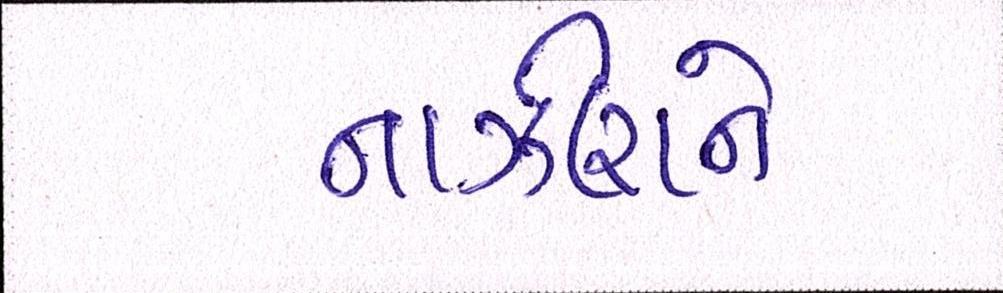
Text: નાઝીરાને